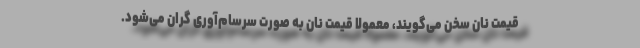
قیمت نان سخن می‌گویند، معمولا قیمت نان به صورت سرسام‌آوری گران می‌شود.